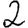
Digit: 2